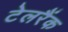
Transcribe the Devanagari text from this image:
टेलरैंक